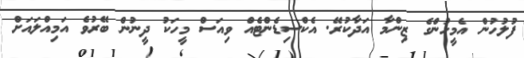
ފުލުހުން އެމީހުންގެ ޒިންމާ އަދާކުރޭ. އެކްސިޑެންޓެއް ވިއަސް މީހަކު ދީނުން ބޭރުވެ އަމިއްލައަށް